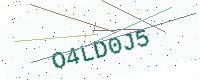
Text: O4LD0J5